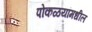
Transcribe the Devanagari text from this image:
पोकळयांमधील